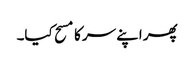
پھر اپنے سر کا مسح کیا۔